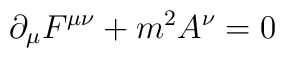
\partial_{\mu}F^{\mu\nu} + m^2 A^\nu = 0